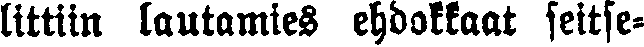
littiin lautamies ehdokkaat seitse-